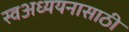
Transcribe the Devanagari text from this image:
स्वअध्ययनासाठी